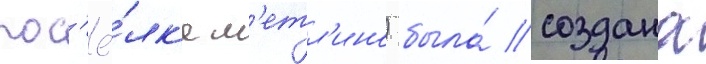
пос'ё́лк'е м'етл'ино) была́ создана